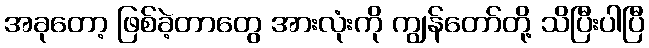
အခုတော့ ဖြစ်ခဲ့တာတွေ အားလုံးကို ကျွန်တော်တို့ သိပြီးပါပြီ